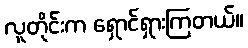
လူတိုင်းက ရှောင်ရှားကြတယ်။